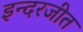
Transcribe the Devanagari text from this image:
इन्दरजीत